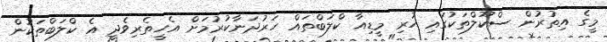
މީގެ އިތުރުން ސްކޫލްތަކުގައި ހުރި މީޑިއާ ކްލަބްތައް ހަރުދަނާކުރުމަށް އެހީތެރިވެދީ އެ ކްލަބްތަކުން